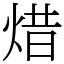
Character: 焟